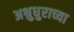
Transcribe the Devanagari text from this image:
अश्रुधुराच्या